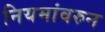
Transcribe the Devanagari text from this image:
नियमांवरुन